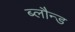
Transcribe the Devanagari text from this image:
ब्लौन्ड